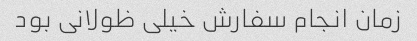
زمان انجام سفارش خیلی ظولانی بود